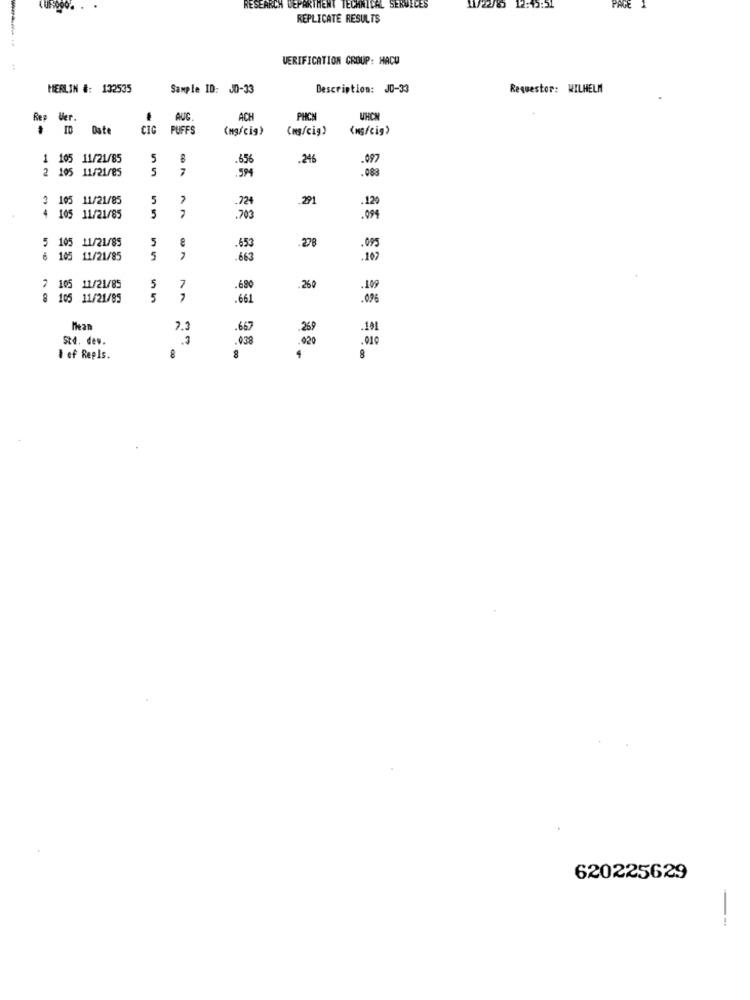
RESEARCH DEPARTMENT TECHNICAL SERVICES
11/22/8 12:10:31
PAGE
REPLICATE RESULTS
VERIFICATION CROUP: HACU
HERLIN #: 132535
Sample ID: 00-33
Description: JD-33
Requestor: WILHELM
Rep Uer.
AUC
ACH
PHCH
UHCN
Date
CIG
PUFFS
(mg/cig)
(mg/cig)
1 105 11/21/85
5
656
.246
.097
105 11/21/85
5
7
.594
.083
3 105 11/21/85
5
.724
291
.120
4
105 11/21/85
5
7
.703
.994
5 105 11/21/85
5
653
.095
6 105 11/21/85
5
663
.107
7 105 11/21/85
5
7
.680
260
8 105 11/21/85
5
.661
.096
Mean
7.3
.667
.269
.101
Std. dev.
.3
038
.020
.010
I ef Repls.
8
4
8
620225629
--